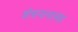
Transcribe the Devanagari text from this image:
शेषनागासह